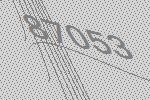
87053